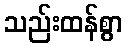
သည်းထန်စွာ